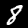
Digit: 8